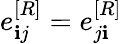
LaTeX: e_{\mathbf{i}j}^{[R]}=e_{j\mathbf{i}}^{[R]}